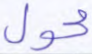
محول